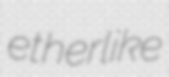
etherlike